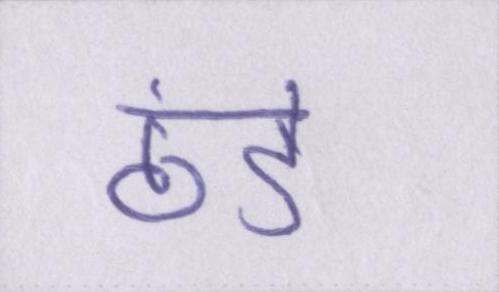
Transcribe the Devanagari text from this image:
ठंडे